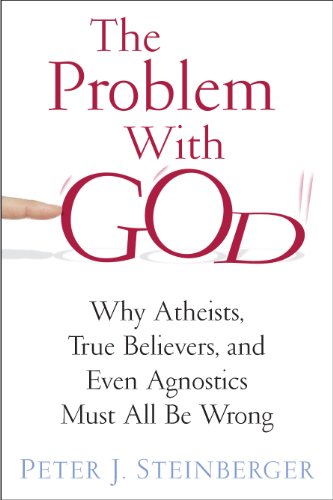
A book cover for The Problem with God: Why Atheists, True Believers, and Even Agnostics Must All Be Wrong; Peter Steinberger; Religion & Spirituality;